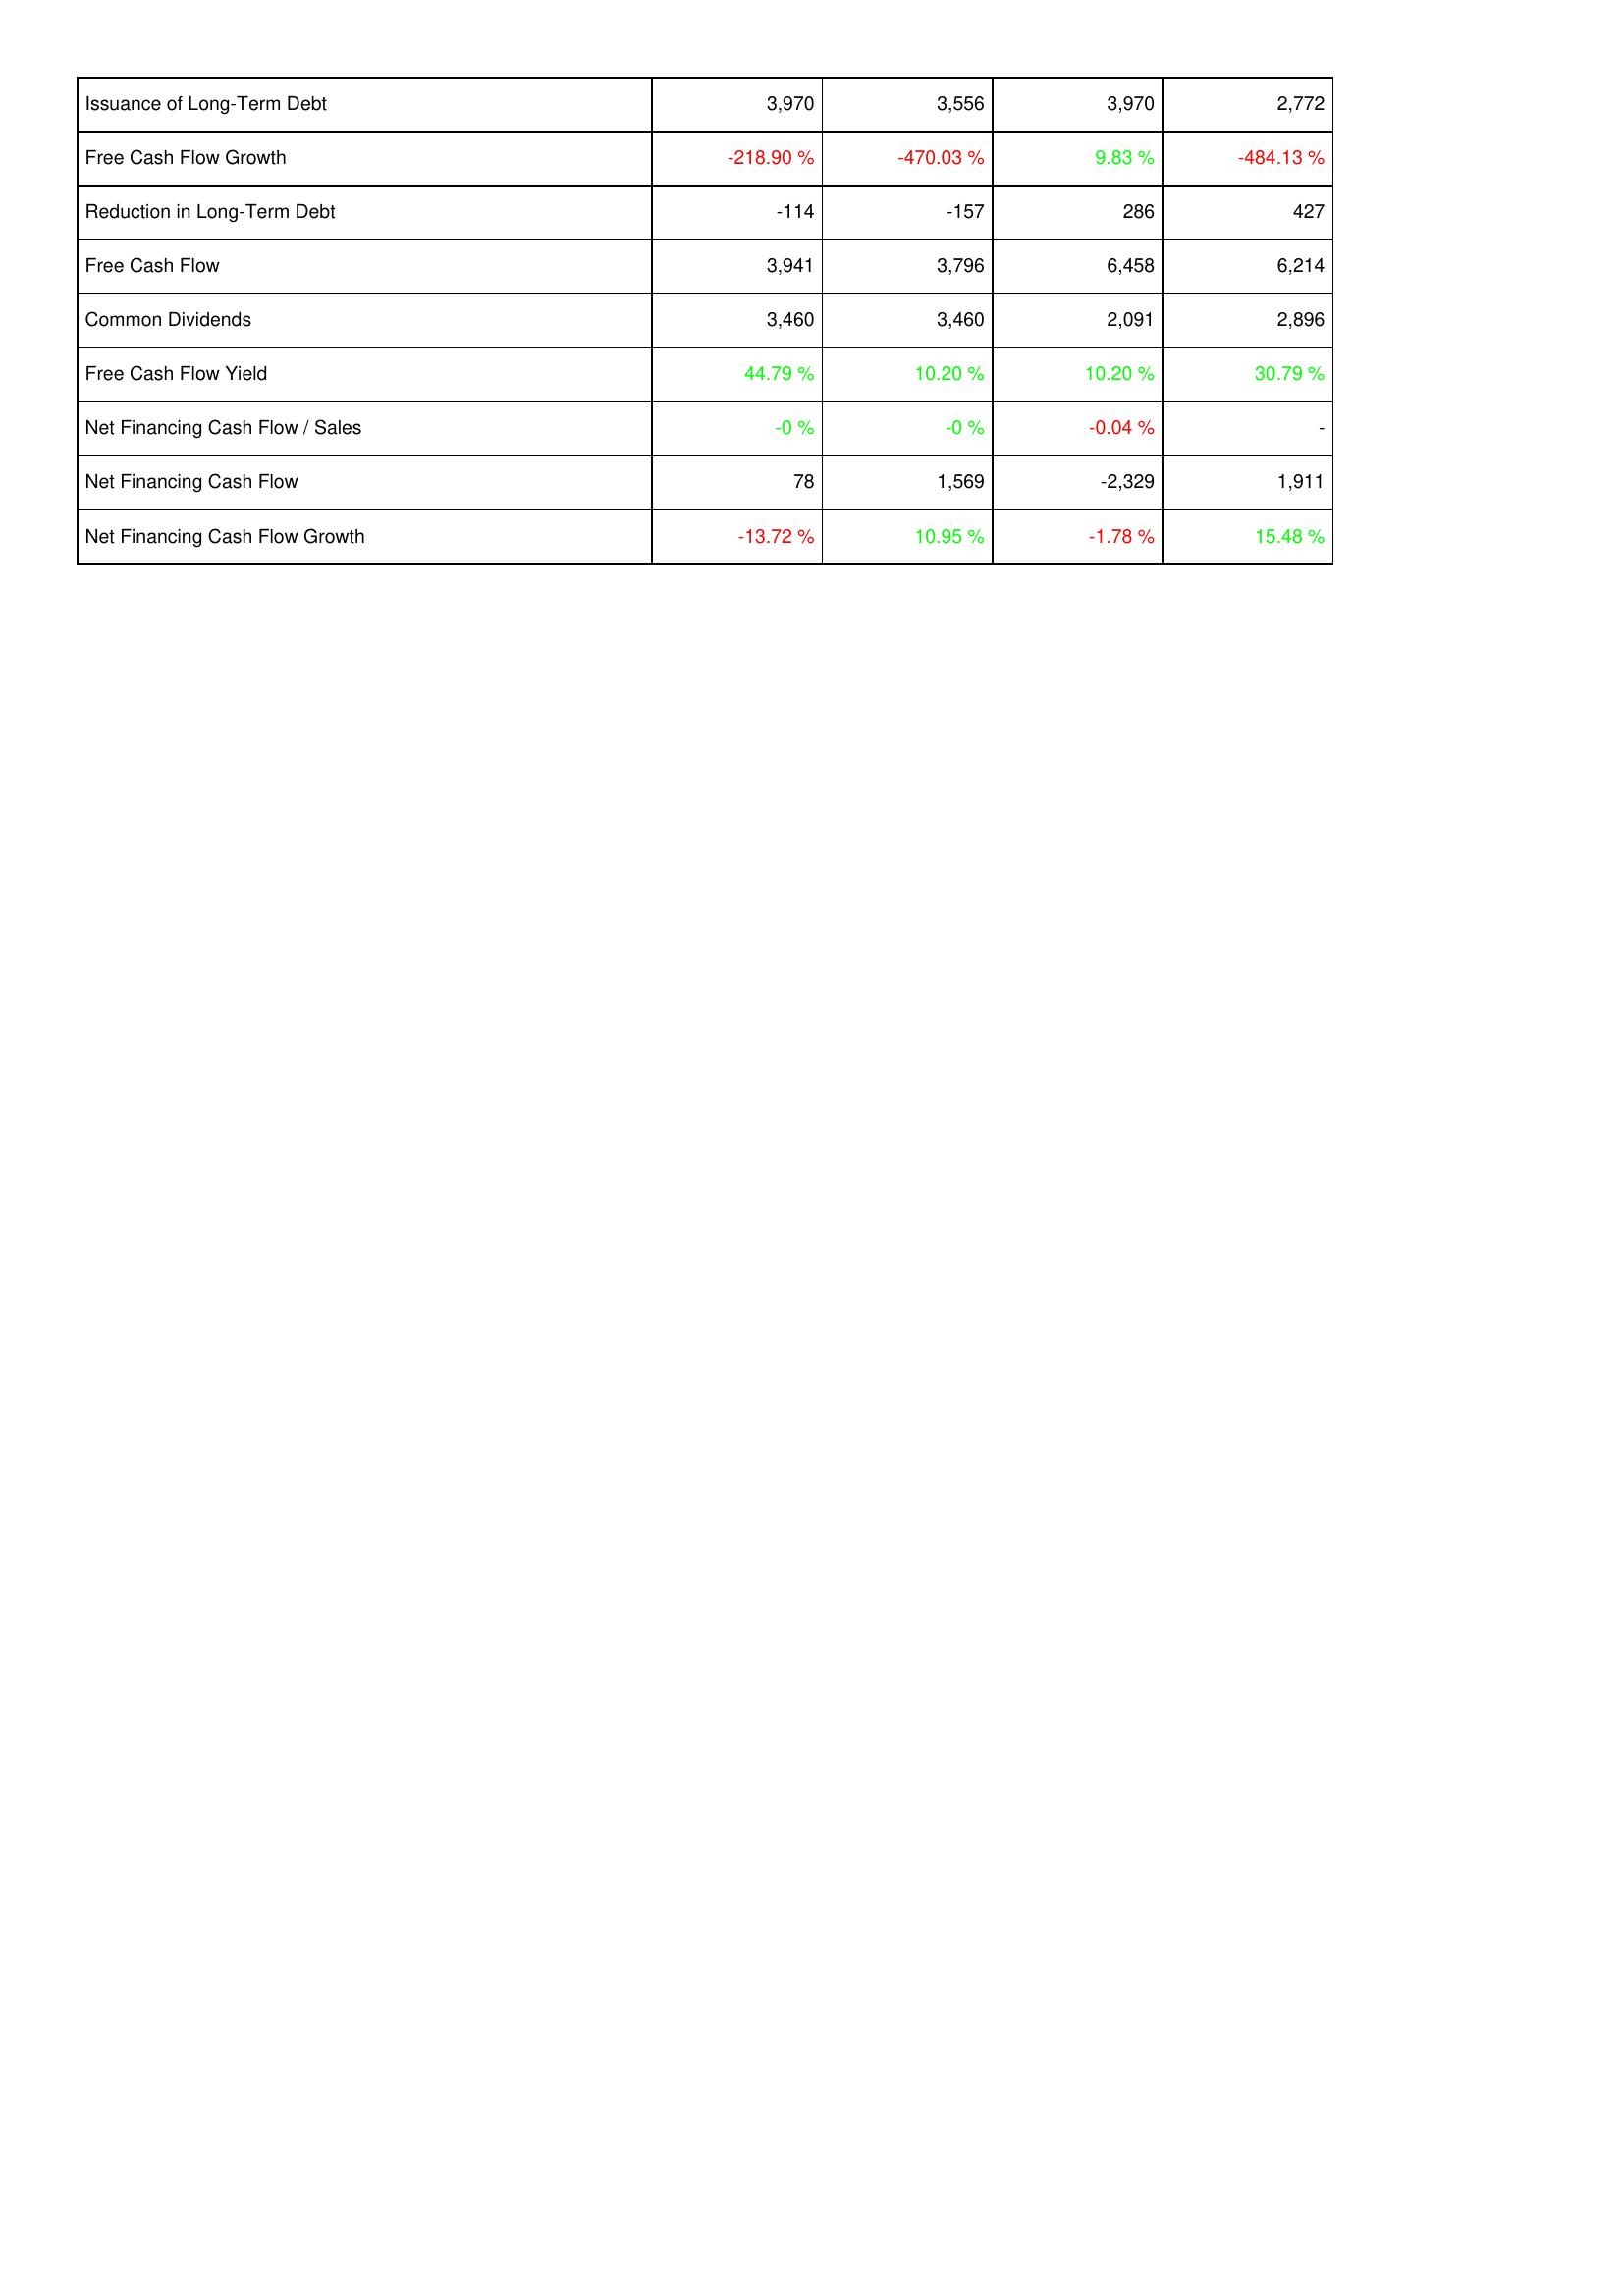
2005: Financing Activities: Issuance of Long-Term Debt: 3,970
Free Cash Flow Growth: -218.90 %
Reduction in Long-Term Debt: -114
Free Cash Flow: 3,941
Common Dividends: 3,460
Free Cash Flow Yield: 44.79 %
Net Financing Cash Flow / Sales: -0 %
Net Financing Cash Flow: 78
Net Financing Cash Flow Growth: -13.72 %
2006: Financing Activities: Issuance of Long-Term Debt: 3,556
Free Cash Flow Growth: -470.03 %
Reduction in Long-Term Debt: -157
Free Cash Flow: 3,796
Common Dividends: 3,460
Free Cash Flow Yield: 10.20 %
Net Financing Cash Flow / Sales: -0 %
Net Financing Cash Flow: 1,569
Net Financing Cash Flow Growth: 10.95 %
2007: Financing Activities: Issuance of Long-Term Debt: 3,970
Free Cash Flow Growth: 9.83 %
Reduction in Long-Term Debt: 286
Free Cash Flow: 6,458
Common Dividends: 2,091
Free Cash Flow Yield: 10.20 %
Net Financing Cash Flow / Sales: -0.04 %
Net Financing Cash Flow: -2,329
Net Financing Cash Flow Growth: -1.78 %
2008: Financing Activities: Issuance of Long-Term Debt: 2,772
Free Cash Flow Growth: -484.13 %
Reduction in Long-Term Debt: 427
Free Cash Flow: 6,214
Common Dividends: 2,896
Free Cash Flow Yield: 30.79 %
Net Financing Cash Flow / Sales: -
Net Financing Cash Flow: 1,911
Net Financing Cash Flow Growth: 15.48 %